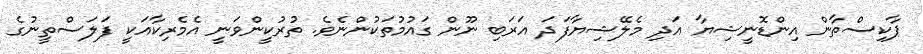
ޕާކިސްތާން އިންޑޮނީޝިޔާ އަދި މެލޭޝިޔާފަދަ އަރަބި ނޫން ގައުމުތަކުންނެވެ. ތުރުކީންވަނީ އެމެރިކާއަކީ ފަލަސްތީނުގެ